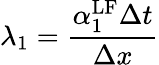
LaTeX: \lambda_{1}=\frac{\alpha_{1}^{\mathrm{{LF}}}\Delta t}{\Delta x}